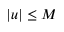
| u | \leq M